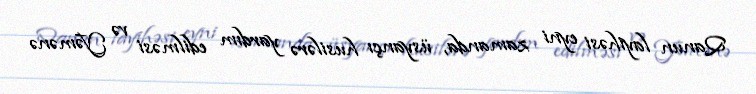
Qanun layihəsi eyni zamanda, üsyançı husilərə yardım edilməsi və Yəmənə